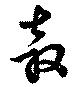
奔